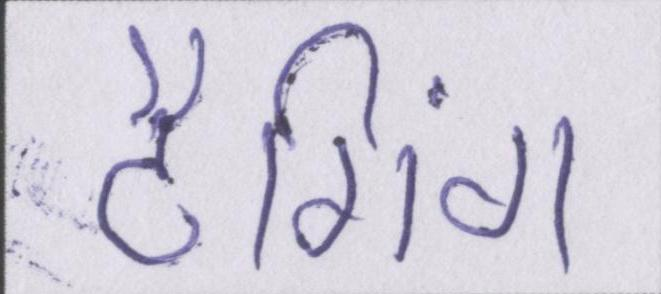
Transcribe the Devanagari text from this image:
टैगिंग